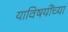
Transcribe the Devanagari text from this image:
याविषयींच्या